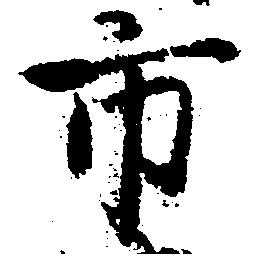
市